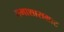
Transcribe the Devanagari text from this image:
तमाशासम्राट